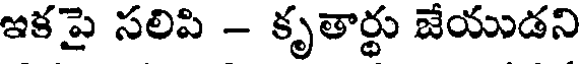
ఇకపై సలిపి - కృతార్థు జేయుడని